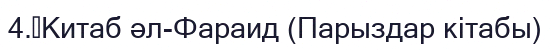
4.	Китаб әл-Фараид (Парыздар кітабы)